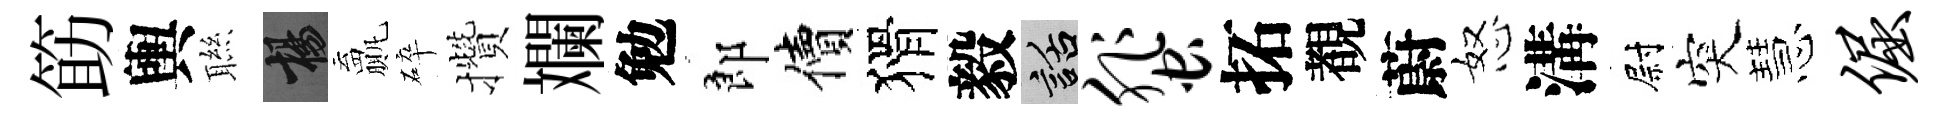
筯輿聮楊贏碎攢斕勉郎價猾毅話蜚拓覩蔚怒溝尉突慧倔